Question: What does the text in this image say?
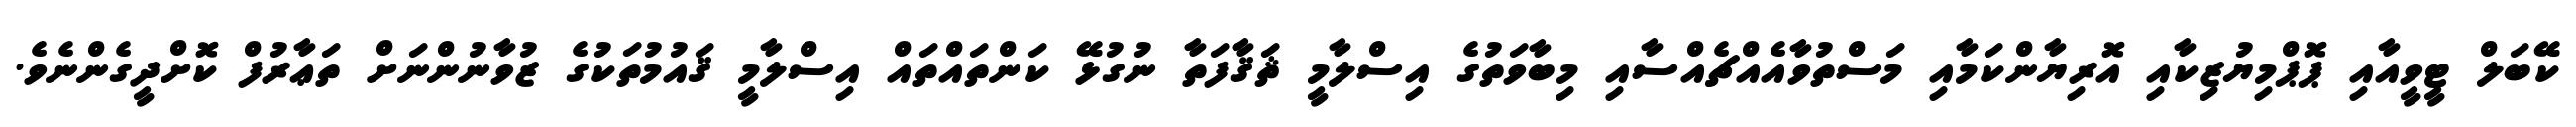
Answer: ކޭބަލް ޓީވީއާއި ޕޮޕްމިޔުޒިކާއި އޮރިޔާންކަމާއި މަސްތުވާއެއްޗެއްސާއި މިބާވަތުގެ އިސްލާމީ ޘަޤާފަތާ ނުގުޅޭ ކަންތައްތައް އިސްލާމީ ޤައުމުތަކުގެ ޒުވާނުންނަށް ތަޢާރުފް ކޮށްދީގެންނެވެ.